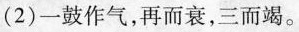
(2) 一鼓作气，再而衰，三而竭。